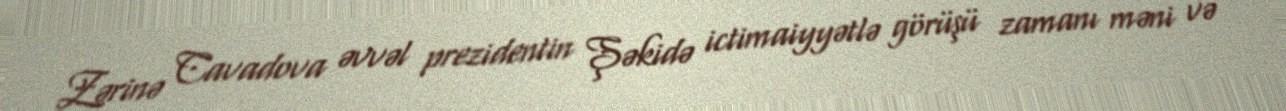
Zərinə Cavadova əvvəl prezidentin Şəkidə ictimaiyyətlə görüşü zamanı məni və